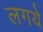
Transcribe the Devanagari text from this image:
लगये